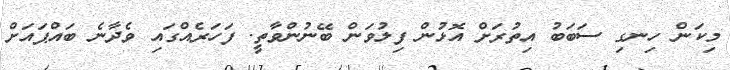
މިކަން ހިނގި ސަބަބު އިތުރަށް އޮޅުން ފިލުވަން ބޭނުންވާތީ. ފަހަރެއްގައި ވެދާނެ ބައްޕައަށް